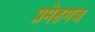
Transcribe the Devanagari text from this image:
प्रमेहगज